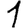
Digit: 1